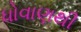
ધોવાણથી